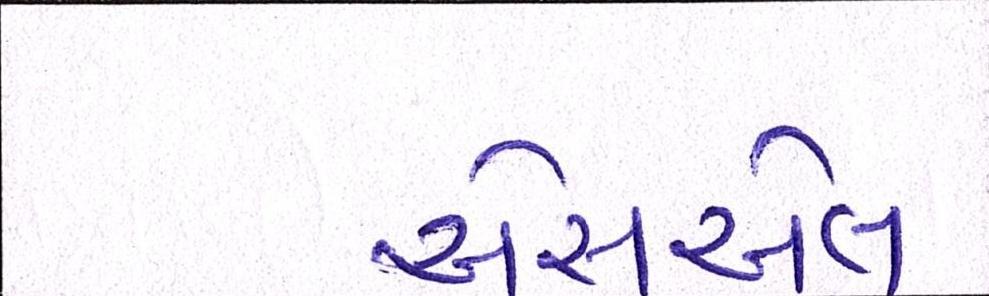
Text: એસએલ